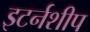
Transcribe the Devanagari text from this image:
इटर्नशीप